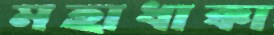
মহাধাক্কা